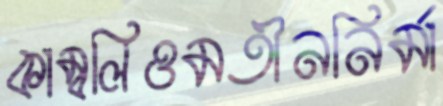
কাম্বলিওমতীননির্মা